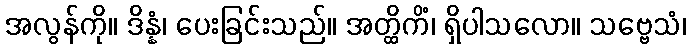
အလွန်ကို။ ဒိန္နံ၊ ပေးခြင်းသည်။ အတ္ထိကိံ၊ ရှိပါသလော။ သဗ္ဗေသံ၊